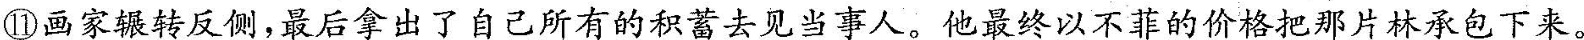
⑪画家辗转反侧，最后拿出了自己所有的积蓄去见当事人。他最终以不菲的价格把那片林承包下来。